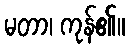
မတာ၊ ကုန်၏။